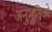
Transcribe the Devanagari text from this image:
अनुभूतिको